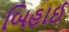
બિહાઈ